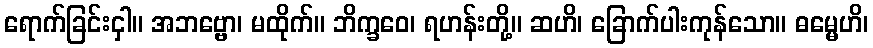
ရောက်ခြင်းငှါ။ အဘဗ္ဗော၊ မထိုက်။ ဘိက္ခဝေ၊ ရဟန်းတို့။ ဆဟိ၊ ခြောက်ပါးကုန်သော။ ဓမ္မေဟိ၊